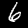
Label: 6